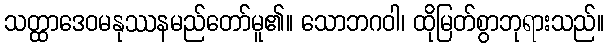
သတ္ထာဒေဝမနုဿနမည်တော်မူ၏။ သောဘဂဝါ၊ ထိုမြတ်စွာဘုရားသည်။